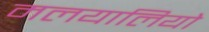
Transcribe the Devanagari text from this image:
मलयालियो